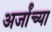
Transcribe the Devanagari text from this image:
अर्जांच्या